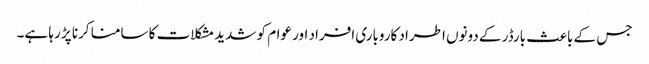
جس کے باعث بارڈر کے دونوں اطراد کاروباری افراد اور عوام کو شدید مشکلات کا سامنا کرنا پڑ رہا ہے۔